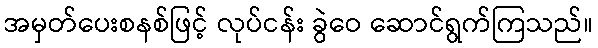
အမှတ်ပေးစနစ်ဖြင့် လုပ်ငန်း ခွဲဝေ ဆောင်ရွက်ကြသည်။